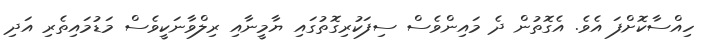
ހިއްސާކޮށްފަ އެވެ. އެގޮތުން ދެ މައިންވެސް ސިފަކުރިގޮތުގައި ޔާމީނާއި ރިލްވާނަކީވެސް މަޑުމައިތެރި އަދި